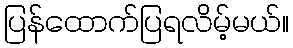
ပြန်ထောက်ပြရလိမ့်မယ်။